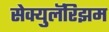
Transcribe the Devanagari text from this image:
सेक्युलॅरिझम